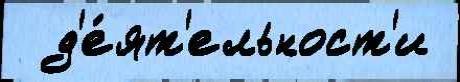
  д'е́ят'ельност'и